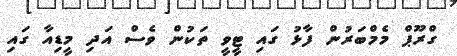
ގްރޫޕް މެމްބަރުން ފާޅު ގައި ޓީވީ ތަކުން ވެސް އަދި މީޑިއާ ގައި